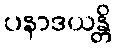
ပနာဒယန္တိ